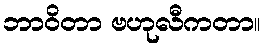
ဘာဝိတာ ဗဟုလီကတာ။